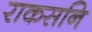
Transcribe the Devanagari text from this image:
राकसनि